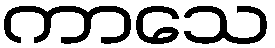
ကာသေ